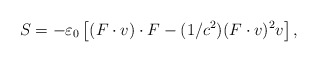
\begin{align*}S=-\varepsilon _{0}\left[ (F\cdot v)\cdot F-(1/c^{2})(F\cdot v)^{2}v\right] ,\end{align*}